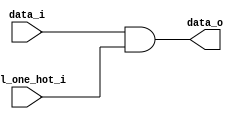
// This program was cloned from: https://github.com/NYU-MLDA/OpenABC
// License: BSD 3-Clause "New" or "Revised" License

module bsg_mux_one_hot_width_p1_els_p1
(
  data_i,
  sel_one_hot_i,
  data_o
);

  input [0:0] data_i;
  input [0:0] sel_one_hot_i;
  output [0:0] data_o;
  wire [0:0] data_o;
  assign data_o[0] = data_i[0] & sel_one_hot_i[0];

endmodule